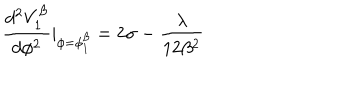
\frac { d ^ { 2 } V _ { 1 } ^ { \beta } } { d \phi ^ { 2 } } | _ { \phi = \phi _ { 1 } ^ { \beta } } = 2 \sigma - \frac { \lambda } { 1 2 \beta ^ { 2 } }